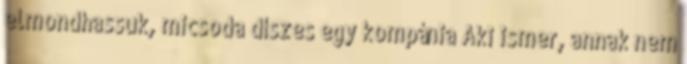
elmondhassuk, micsoda díszes egy kompánia Aki ismer, annak nem